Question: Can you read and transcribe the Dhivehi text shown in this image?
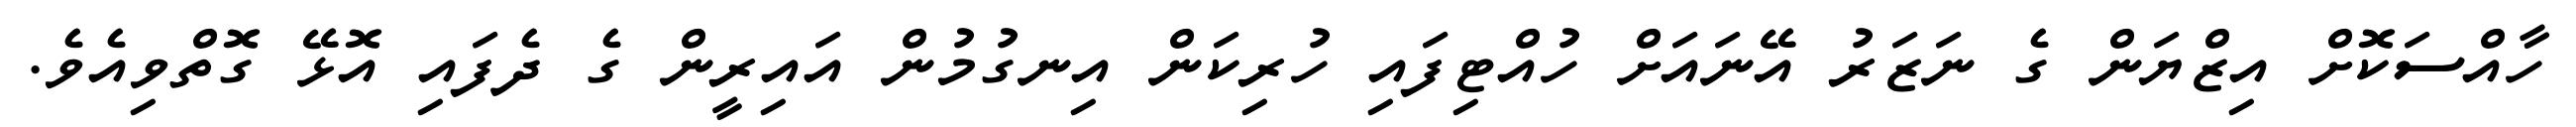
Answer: ހާއްސަކޮށް އިޒްޔަން ގެ ނަޒަރު އޭނައަށް ހުއްޓިފައި ހުރިކަން އިނގުމުން އައިރީން ގެ ދެފައި އޮޅޭ ގޮތްވިއެވެ.